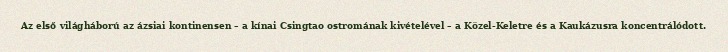
Az első világháború az ázsiai kontinensen – a kínai Csingtao ostromának kivételével – a Közel-Keletre és a Kaukázusra koncentrálódott.